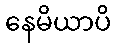
နေမိယာပိ